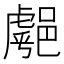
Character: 𨝞